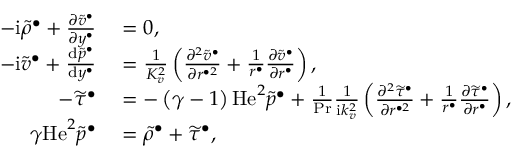
\begin{array} { r l } { - \mathrm { i } \widetilde { \rho } ^ { \bullet } + \frac { \partial \widetilde { v } ^ { \bullet } } { \partial y ^ { \bullet } } } & { { } = 0 , } \\ { - \mathrm { i } \widetilde { v } ^ { \bullet } + \frac { \mathrm { d } \widetilde { p } ^ { \bullet } } { \mathrm { d } y ^ { \bullet } } } & { { } = \frac { 1 } { K _ { v } ^ { 2 } } \left( \frac { \partial ^ { 2 } \widetilde { v } ^ { \bullet } } { \partial r ^ { \bullet 2 } } + \frac { 1 } { r ^ { \bullet } } \frac { \partial \widetilde { v } ^ { \bullet } } { \partial r ^ { \bullet } } \right) , } \\ { - \widetilde { \tau } ^ { \bullet } } & { { } = - \left( \gamma - 1 \right) \mathrm { H e } ^ { 2 } \widetilde { p } ^ { \bullet } + \frac { 1 } { \mathrm { P r } } \frac { 1 } { \mathrm { i } k _ { v } ^ { 2 } } \left( \frac { \partial ^ { 2 } \widetilde { \tau } ^ { \bullet } } { \partial r ^ { \bullet 2 } } + \frac { 1 } { r ^ { \bullet } } \frac { \partial \widetilde { \tau } ^ { \bullet } } { \partial r ^ { \bullet } } \right) , } \\ { \gamma \mathrm { H e } ^ { 2 } \widetilde { p } ^ { \bullet } } & { { } = \widetilde { \rho } ^ { \bullet } + \widetilde { \tau } ^ { \bullet } , } \end{array}